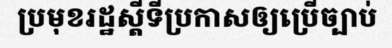
ប្រមុខរដ្ឋស្តីទីប្រកាសឲ្យប្រើច្បាប់